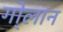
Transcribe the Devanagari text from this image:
गो्लान